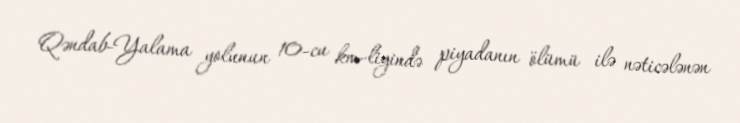
Qəndab-Yalama yolunun 10-cu km-liyində piyadanın ölümü ilə nəticələnən